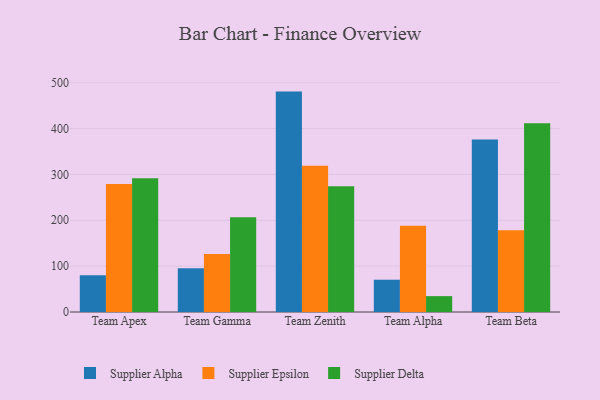
{"axis": {"x": "Team", "y": "Page Views"}, "legend": ["Supplier Alpha", "Supplier Delta", "Supplier Epsilon"], "data": [{"x": "Team Apex", "y": 80.3, "type": "Supplier Alpha"}, {"x": "Team Apex", "y": 279.3, "type": "Supplier Epsilon"}, {"x": "Team Apex", "y": 291.7, "type": "Supplier Delta"}, {"x": "Team Gamma", "y": 95.6, "type": "Supplier Alpha"}, {"x": "Team Gamma", "y": 126.3, "type": "Supplier Epsilon"}, {"x": "Team Gamma", "y": 206.7, "type": "Supplier Delta"}, {"x": "Team Zenith", "y": 480.6, "type": "Supplier Alpha"}, {"x": "Team Zenith", "y": 318.7, "type": "Supplier Epsilon"}, {"x": "Team Zenith", "y": 274.4, "type": "Supplier Delta"}, {"x": "Team Alpha", "y": 70.4, "type": "Supplier Alpha"}, {"x": "Team Alpha", "y": 188.0, "type": "Supplier Epsilon"}, {"x": "Team Alpha", "y": 34.6, "type": "Supplier Delta"}, {"x": "Team Beta", "y": 376.4, "type": "Supplier Alpha"}, {"x": "Team Beta", "y": 178.1, "type": "Supplier Epsilon"}, {"x": "Team Beta", "y": 411.4, "type": "Supplier Delta"}]}